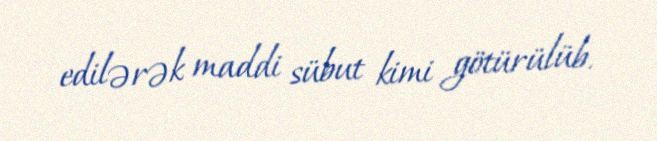
edilərək maddi sübut kimi götürülüb.